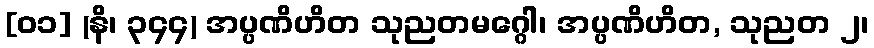
[၀၁] (နိ၊ ၃၄၄) အပ္ပဏိဟိတ သုညတမဂ္ဂေါ၊ အပ္ပဏိဟိတ, သုညတ ၂၊